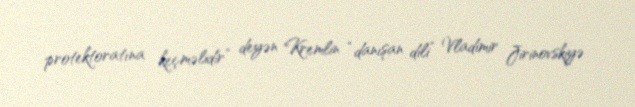
protektoratına keçməlidir” deyən Kremlin “danışan dili” Vladimir Jirinovskiyə